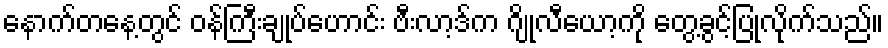
နောက်တနေ့တွင် ဝန်ကြီးချုပ်ဟောင်း ဗီးလာ့ဒ်က ဂျိုလီယော့ကို တွေ့ခွင့်ပြုလိုက်သည်။